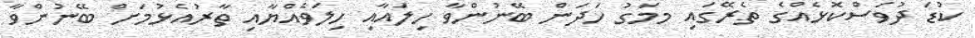
ކުޑަ ދުވަސްކޮޅެއްގެ ތެރޭގައި މމަގު ހަދަން ބޭނުންވާ ހިލައާއި ހިލަވެއްޔާއި ތާރުއެޅުމަށް ބޭނުންވާ